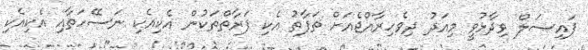
ފައިޞަލް ވިދާޅުވީ މިއަދު ދިވެހިރާއްޖެއަށް ތަފާތު އެކި ފަރާތްތަކުން އެކިއެކި ނަސޭހަތާއި އެކިއެކި